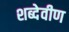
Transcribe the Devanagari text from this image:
शब्देवीण